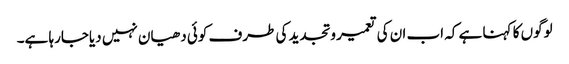
لوگوں کا کہنا ہے کہ اب ان کی تعمیر وتجدید کی طرف کوئی دھیان نہیں دیاجارہا ہے۔